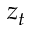
z _ { t }